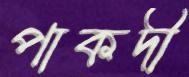
পাকদী